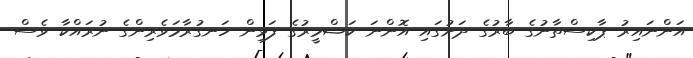
އަންނައިރު ޕާކިސްތާނުގެ ބާރުގެ ދަށުގައި އޮންނަ ކަޝްމީރުގެ ފަޅިން ހަނގުރާމަވެރިންގެ ނުރައްކާ ވެސް